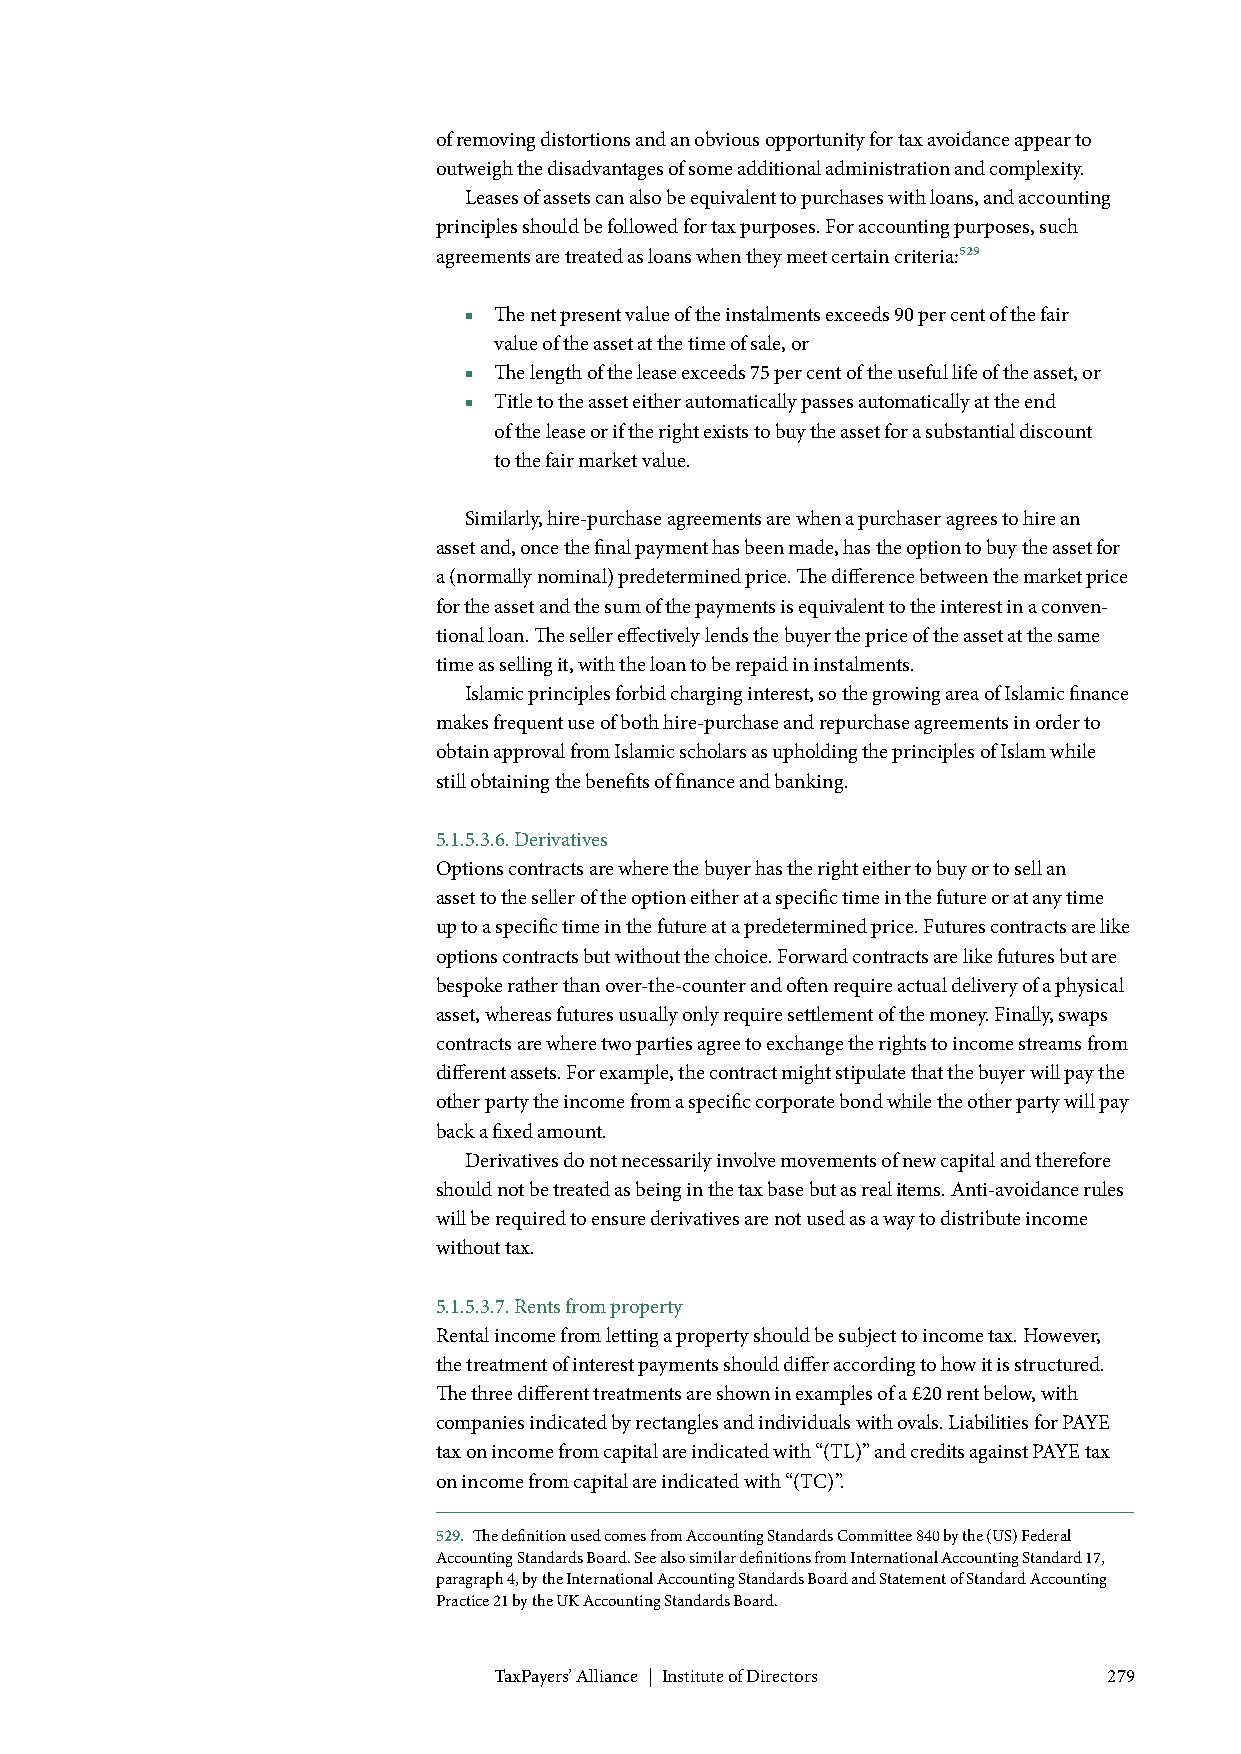
of removing distortions and an obvious opportunity for tax avoidance appear to
 outweigh the disadvantages of some additional administration and complexity.
 Leases of assets can also be equivalent to purchases with loans, and accounting
 principles should be followed for tax purposes. For accounting purposes, such
 agreements are treated as loans when they meet certain criteria:529
 ■ The net present value of the instalments exceeds 90 per cent of the fair
 value of the asset at the time of sale, or
 ■ The length of the lease exceeds 75 per cent of the useful life of the asset, or
 ■ Title to the asset either automatically passes automatically at the end
 of the lease or if the right exists to buy the asset for a substantial discount
 to the fair market value.
 Similarly, hire-purchase agreements are when a purchaser agrees to hire an
 asset and, once the final payment has been made, has the option to buy the asset for
 a (normally nominal) predetermined price. The difference between the market price
 for the asset and the sum of the payments is equivalent to the interest in a conven-
 tional loan. The seller effectively lends the buyer the price of the asset at the same
 time as selling it, with the loan to be repaid in instalments.
 Islamic principles forbid charging interest, so the growing area of Islamic finance
 makes frequent use of both hire-purchase and repurchase agreements in order to
 obtain approval from Islamic scholars as upholding the principles of Islam while
 still obtaining the benefits of finance and banking.
 5.1.5.3.6. Derivatives
 Options contracts are where the buyer has the right either to buy or to sell an
 asset to the seller of the option either at a specific time in the future or at any time
 up to a specific time in the future at a predetermined price. Futures contracts are like
 options contracts but without the choice. Forward contracts are like futures but are
 bespoke rather than over-the-counter and often require actual delivery of a physical
 asset, whereas futures usually only require settlement of the money. Finally, swaps
 contracts are where two parties agree to exchange the rights to income streams from
 different assets. For example, the contract might stipulate that the buyer will pay the
 other party the income from a specific corporate bond while the other party will pay
 back a fixed amount.
 Derivatives do not necessarily involve movements of new capital and therefore
 should not be treated as being in the tax base but as real items. Anti-avoidance rules
 will be required to ensure derivatives are not used as a way to distribute income
 without tax.
 5.1.5.3.7. Rents from property
 Rental income from letting a property should be subject to income tax. However,
 the treatment of interest payments should differ according to how it is structured.
 The three different treatments are shown in examples of a £20 rent below, with
 companies indicated by rectangles and individuals with ovals. Liabilities for PAYE
 tax on income from capital are indicated with “(TL)” and credits against PAYE tax
 on income from capital are indicated with “(TC)”.
 529. The definition used comes from Accounting Standards Committee 840 by the (US) Federal
 Accounting Standards Board. See also similar definitions from International Accounting Standard 17,
 paragraph 4, by the International Accounting Standards Board and Statement of Standard Accounting
 Practice 21 by the UK Accounting Standards Board.
 TaxPayers’ Alliance | Institute of Directors 279